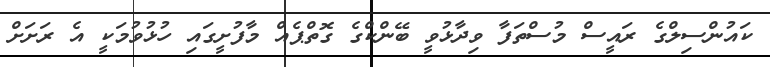
ކައުންސިލްގެ ރައީސް މުސްތަފާ ވިދާޅުވީ ބޭންކްގެ ގޮތްޕެއް މާފުށީގައި ހުޅުވުމަކީ އެ ރަށަށް